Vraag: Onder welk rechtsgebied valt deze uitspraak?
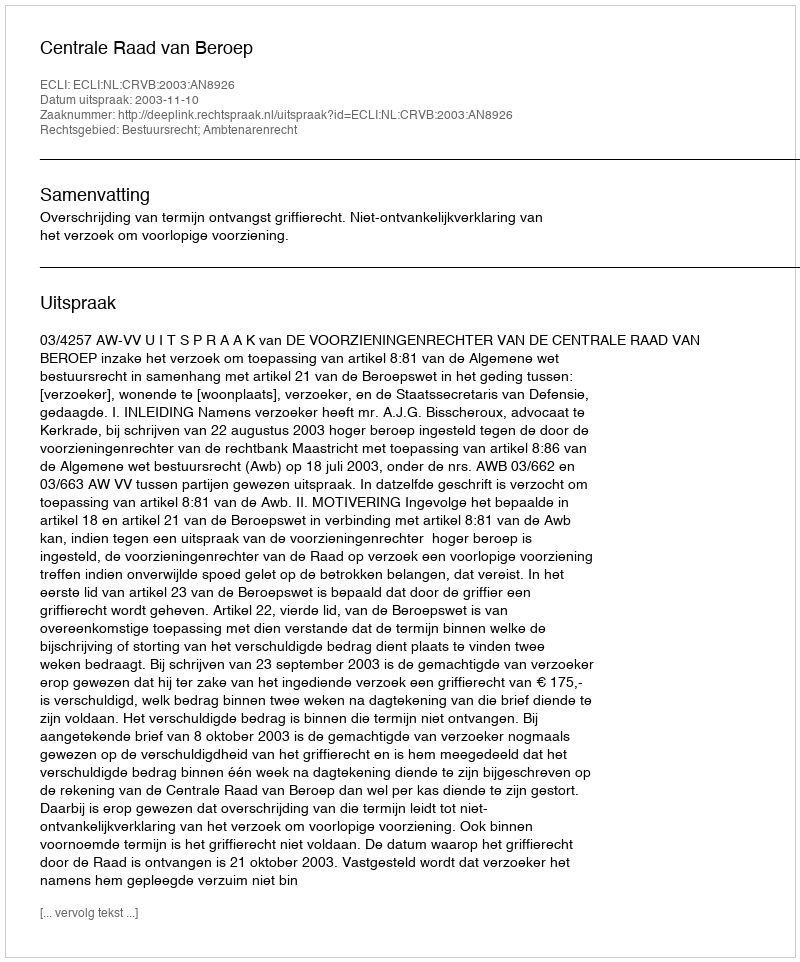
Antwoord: Bestuursrecht; Ambtenarenrecht